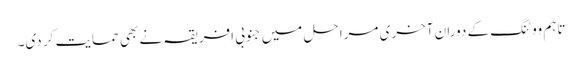
تاہم ووٹنگ کے دوران آخری مراحل میں جنوبی افریقہ نے بھی حمایت کر دی۔